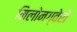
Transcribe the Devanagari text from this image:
मिलोनग्वेरो